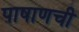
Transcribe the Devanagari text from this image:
पाषाणची